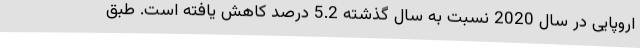
اروپایی در سال 2020 نسبت به سال گذشته 5.2 درصد کاهش یافته است. طبق